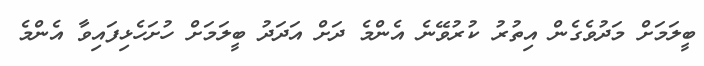
ބީލަމަށް މަދުވެގެން އިތުރު ކުރުވޭނެ އެންމެ ދަށް އަދަދު ބީލަމަށް ހުށަހެޅިފައިވާ އެންމެ